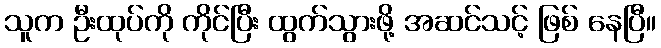
သူက ဦးထုပ်ကို ကိုင်ပြီး ထွက်သွားဖို့ အဆင်သင့် ဖြစ် နေပြီ။